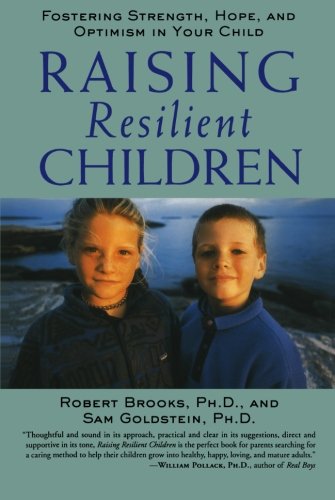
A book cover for Raising Resilient Children : Fostering Strength, Hope, and Optimism in Your Child; Robert Brooks; Medical Books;